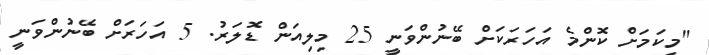
"މިކަމަށް ކޮންމެ އަހަރަކަށް ބޭނުންވަނީ 25 މިލިއަން ޑޮލަރު. 5 އަހަރަށް ބޭނުންވަނީ